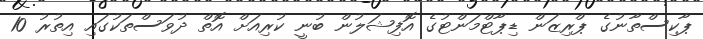
ޕާކިސްތާނުގެ ޕްރިޒަން ޑިޕާޓްމަންޓުގެ އޮފިޝަލުން ބުނީ ކުރިއަށް އޮތް ދުވަސްތަކުގައި އިތުރު 10